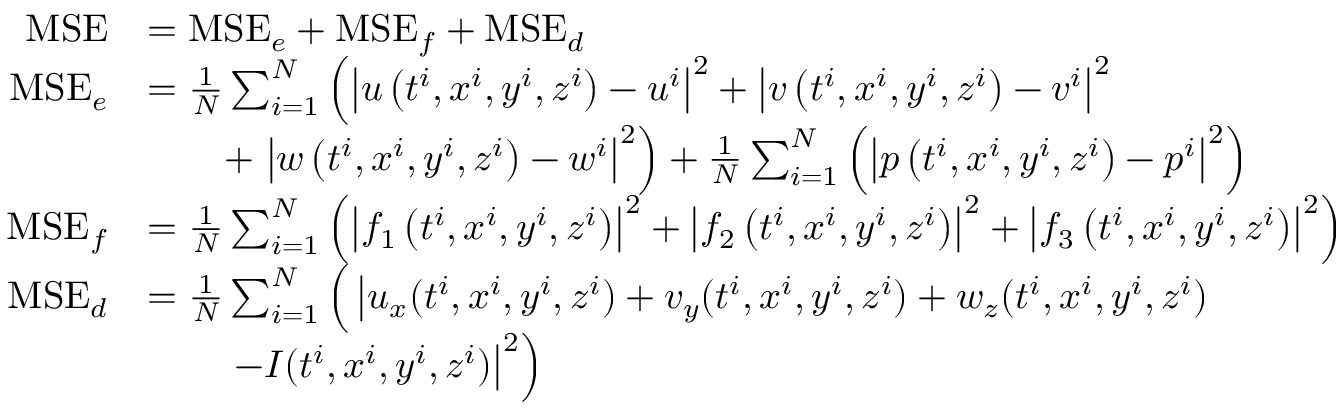
\begin{array} { r l } { \mathrm { M S E } } & { = \mathrm { M S E } _ { e } + \mathrm { M S E } _ { f } + \mathrm { M S E } _ { d } } \\ { \mathrm { M S E } _ { e } } & { = \frac { 1 } { N } \sum _ { i = 1 } ^ { N } \left( \left| u \left( t ^ { i } , x ^ { i } , y ^ { i } , z ^ { i } \right) - u ^ { i } \right| ^ { 2 } + \left| v \left( t ^ { i } , x ^ { i } , y ^ { i } , z ^ { i } \right) - v ^ { i } \right| ^ { 2 } \right. } \\ & { \qquad + \left. \left| w \left( t ^ { i } , x ^ { i } , y ^ { i } , z ^ { i } \right) - w ^ { i } \right| ^ { 2 } \right) + \frac { 1 } { N } \sum _ { i = 1 } ^ { N } \left( \left| p \left( t ^ { i } , x ^ { i } , y ^ { i } , z ^ { i } \right) - p ^ { i } \right| ^ { 2 } \right) } \\ { \mathrm { M S E } _ { f } } & { = \frac { 1 } { N } \sum _ { i = 1 } ^ { N } \left( \left| f _ { 1 } \left( t ^ { i } , x ^ { i } , y ^ { i } , z ^ { i } \right) \right| ^ { 2 } + \left| f _ { 2 } \left( t ^ { i } , x ^ { i } , y ^ { i } , z ^ { i } \right) \right| ^ { 2 } + \left| f _ { 3 } \left( t ^ { i } , x ^ { i } , y ^ { i } , z ^ { i } \right) \right| ^ { 2 } \right) } \\ { \mathrm { M S E } _ { d } } & { = \frac { 1 } { N } \sum _ { i = 1 } ^ { N } \Big ( \left| u _ { x } ( t ^ { i } , x ^ { i } , y ^ { i } , z ^ { i } ) + v _ { y } ( t ^ { i } , x ^ { i } , y ^ { i } , z ^ { i } ) + w _ { z } ( t ^ { i } , x ^ { i } , y ^ { i } , z ^ { i } ) \right. \Big . } \\ & { \qquad \left. \left. - I ( t ^ { i } , x ^ { i } , y ^ { i } , z ^ { i } ) \right| ^ { 2 } \right) } \end{array}